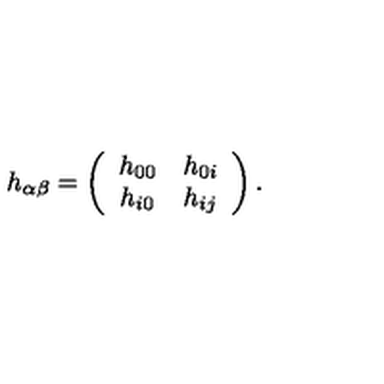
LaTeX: h _ { \alpha \beta } = \left( \begin{array} { c c } { h _ { 0 0 } } & { h _ { 0 i } } \\ { h _ { i 0 } } & { h _ { i j } } \\ \end{array} \right) .